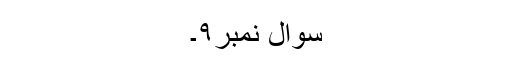
سوال نمبر۹۔